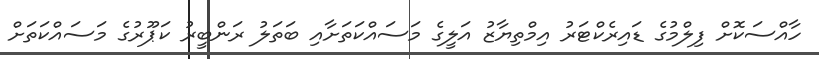
ހާއްސަކޮށް ފިލްމުގެ ޑައިރެކްޓަރު އިމްތިޔާޒު އަލީގެ މަސައްކަތަށާއި ބަތަލު ރަންބީރު ކަޕޫރުގެ މަސައްކަތަށް